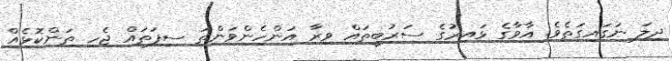
ދިލަ ނަގައިގަތެވެ. އާވާގެ ޅައިރުގެ ސަރުބީތައް ވިރާ އަންހެންވަންތަ ސިފަތައް ޖެހި ތަންކޮޅެއް